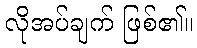
လိုအပ်ချက် ဖြစ်၏။